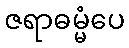
ဇရာဓမ္မံပေ